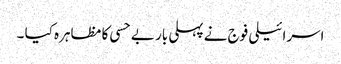
اسرائیلی فوج نے پہلی بار بے حسی کا مظاہرہ کیا ۔